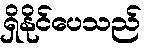
ရှိနိုင်ပေသည်